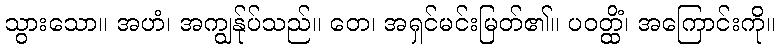
သွားသော။ အဟံ၊ အကျွန်ုပ်သည်။ တေ၊ အရှင်မင်းမြတ်၏။ ပဝတ္ထိံ၊ အကြောင်းကို။